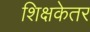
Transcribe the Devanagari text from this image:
शिक्षकेतर